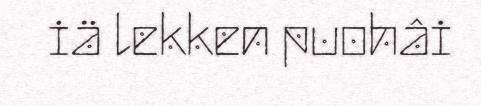
iä lekken puohâi